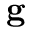
\bf g